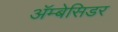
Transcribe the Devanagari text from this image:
अॅम्बेसिडर